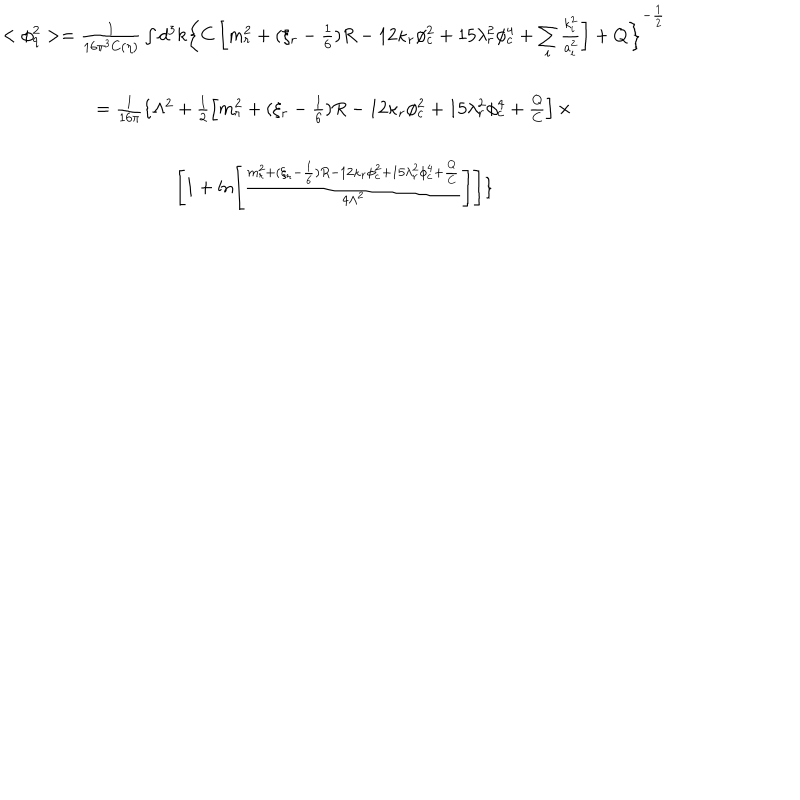
\begin{array} { c } { { < \phi _ { q } ^ { 2 } > = \frac 1 { 1 6 \pi ^ { 3 } C ( \eta ) } \int d ^ { 3 } k \left\{ C \left[ m _ { r } ^ { 2 } + ( \xi _ { r } - \frac 1 6 ) R - 1 2 \kappa _ { r } \phi _ { c } ^ { 2 } + 1 5 \lambda _ { r } ^ { 2 } \phi _ { c } ^ { 4 } + \sum _ { i } \frac { k _ { i } ^ { 2 } } { a _ { i } ^ { 2 } } \right] + Q \right\} ^ { - \frac 1 2 } } } \\ { { = \frac 1 { 1 6 \pi } \{ \Lambda ^ { 2 } + \frac 1 2 \left[ m _ { r } ^ { 2 } + ( \xi _ { r } - \frac 1 6 ) R - 1 2 \kappa _ { r } \phi _ { c } ^ { 2 } + 1 5 \lambda _ { r } ^ { 2 } \phi _ { c } ^ { 4 } + \frac Q C \right] \times } } \\ { { \hspace { 6 c m } \left[ 1 + \ln \left[ \frac { m _ { r } ^ { 2 } + ( \xi _ { r } - \frac 1 6 ) R - 1 2 \kappa _ { r } \phi _ { c } ^ { 2 } + 1 5 \lambda _ { r } ^ { 2 } \phi _ { c } ^ { 4 } + \frac Q C } { 4 \Lambda ^ { 2 } } \right] \right] \} } } \\ \end{array}